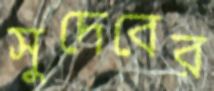
সুদেবের